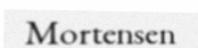
Mortensen